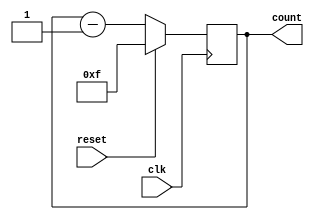
`timescale 1ns / 1ps
//////////////////////////////////////////////////////////////////////////////////
// Company: 
// Engineer: 
// 
// Design Name: 
// Module Name:    down_counter 
// Project Name: 
// Target Devices: 
// Tool versions: 
// Description: 
//
// Dependencies: 
//
// Revision: 
// Revision 0.01 - File Created
// Additional Comments: 
//
//////////////////////////////////////////////////////////////////////////////////
module down_counter(reset,clk,count);
    input reset,clk;
    output reg [3:0]count;
	 initial count=4'b1111;
	 always@(posedge clk)
	 begin
		if(reset==1)
			count=4'b1111;
		else
			count=count-4'b0001;
	 end

endmodule